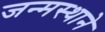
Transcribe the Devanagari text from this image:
जन्मस्थाने